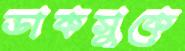
ডাকসুকে